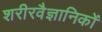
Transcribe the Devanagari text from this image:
शरीरवैज्ञानिकों